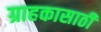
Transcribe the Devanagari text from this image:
ग्राहकासाठी